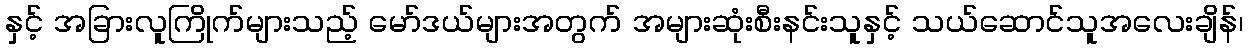
နှင့် အခြားလူကြိုက်များသည့် မော်ဒယ်များအတွက် အများဆုံးစီးနင်းသူနှင့် သယ်ဆောင်သူအလေးချိန်၊